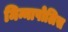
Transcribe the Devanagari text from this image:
मिन्नापोलिस